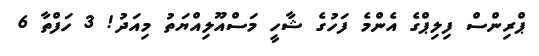
ޕްރިންސް ފިލިޕްގެ އެންމެ ފަހުގެ ޝާހީ މަސްއޫލިއްޔަތު މިއަދު! 3 ހަފްތާ 6